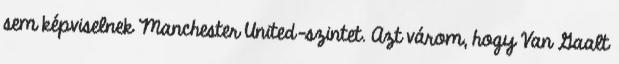
sem képviselnek Manchester United-szintet. Azt várom, hogy Van Gaalt